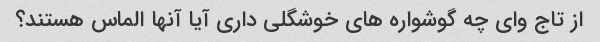
از تاج وای چه گوشواره های خوشگلی داری آیا آنها الماس هستند؟